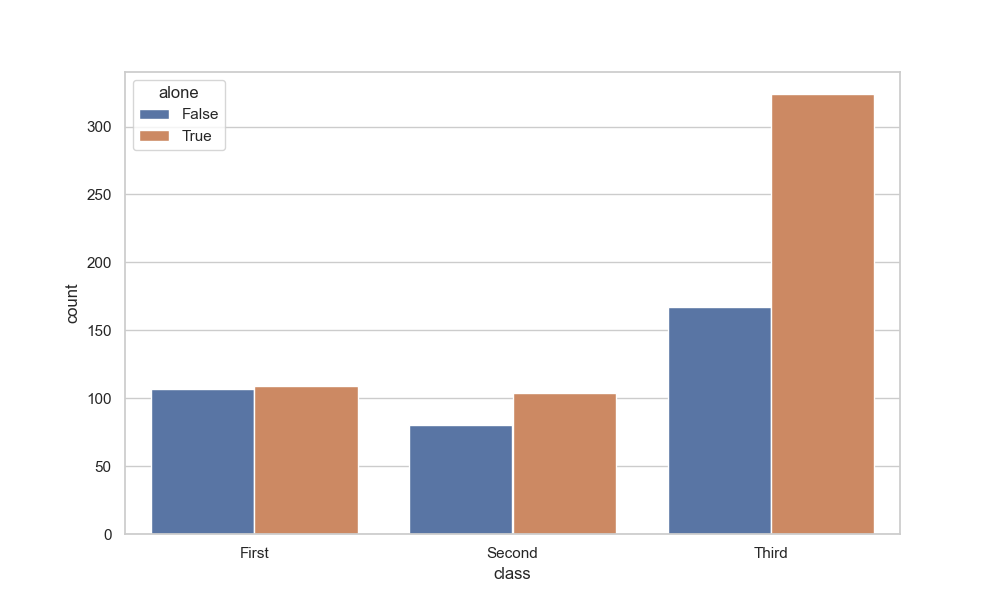
python, seaborn, countplot, x='class', palette='deep', hue='alone'